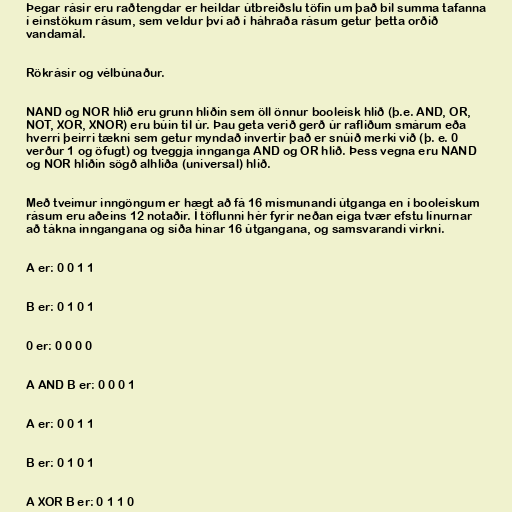
Þegar rásir eru raðtengdar er heildar útbreiðslu töfin um það bil summa tafanna
í einstökum rásum, sem veldur því að í háhraða rásum getur þetta orðið
vandamál.

Rökrásir og vélbúnaður.

NAND og NOR hlið eru grunn hliðin sem öll önnur booleísk hlið (þ.e. AND, OR,
NOT, XOR, XNOR) eru búin til úr. Þau geta verið gerð úr rafliðum smárum eða
hverri þeirri tækni sem getur myndað invertir það er snúið merki við (þ. e. 0
verður 1 og öfugt) og tveggja innganga AND og OR hlið. Þess vegna eru NAND
og NOR hliðin sögð alhliða (universal) hlið.

Með tveimur inngöngum er hægt að fá 16 mismunandi útganga en í booleískum
rásum eru aðeins 12 notaðir. Í töflunni hér fyrir neðan eiga tvær efstu línurnar
að tákna inngangana og síða hinar 16 útgangana, og samsvarandi virkni.

A er: 0 0 1 1

B er: 0 1 0 1

0 er: 0 0 0 0

A AND B er: 0 0 0 1

A er: 0 0 1 1

B er: 0 1 0 1

A XOR B er: 0 1 1 0